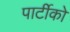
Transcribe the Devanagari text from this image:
पार्टीको